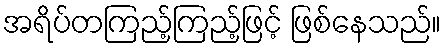
အရိပ်တကြည့်ကြည့်ဖြင့် ဖြစ်နေသည်။